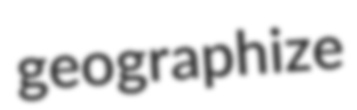
geographize